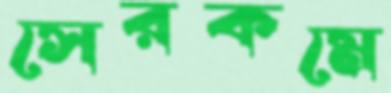
সেরকমে